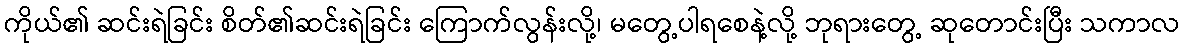
ကိုယ်၏ ဆင်းရဲခြင်း စိတ်၏ဆင်းရဲခြင်း ကြောက်လွန်းလို့၊ မတွေ့ပါရစေနဲ့လို့ ဘုရားတွေ့ ဆုတောင်းပြီး သကာလ